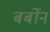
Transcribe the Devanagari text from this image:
बर्बोन